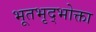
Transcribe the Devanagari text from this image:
भूतभृद्भोक्ता